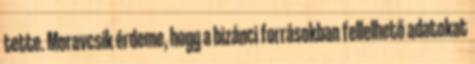
tette. Moravcsik érdeme, hogy a bizánci forrásokban fellelhető adatokat